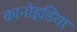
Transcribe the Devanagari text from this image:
कानोइडिया